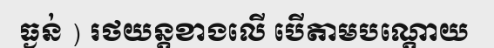
ធ្ងន់ ) រថយន្តខាងលើ បើតាមបណ្តោយ